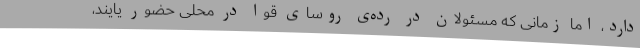
دارد، اما زمانی که مسئولان در رده‌ی روسای قوا در محلی حضور یایند،